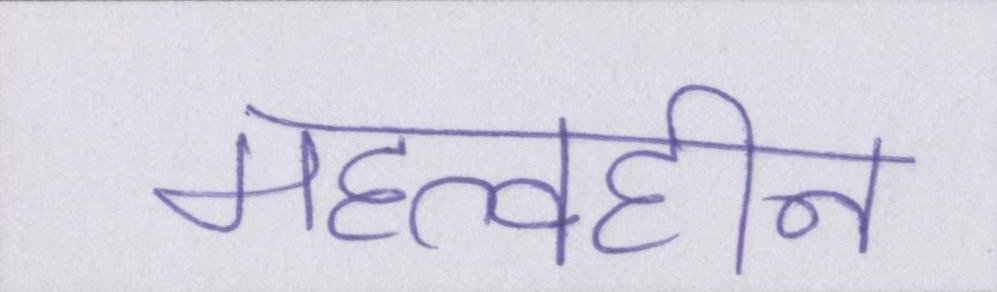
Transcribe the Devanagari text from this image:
महत्वहीन